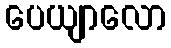
ပေယျာလော